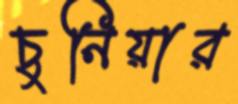
চুনিয়ার